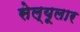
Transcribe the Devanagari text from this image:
सेल्यूलार